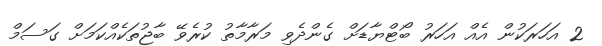
2 އަހަރަކުން އެއް އަހަރު ބޯޓްޔާޑަށް ގެންދެވި މަރާމާތު ކުރެވޭ ބާޖުތަކެއްކަމަށް ގަސަމް